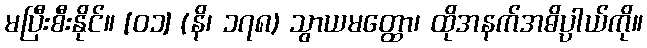
မပြီးစီးနိုင်။ [၀၁] (နိ၊ ၁၇၈) သွာယမတ္ထော၊ ထိုအနက်အဓိပ္ပာယ်ကို။